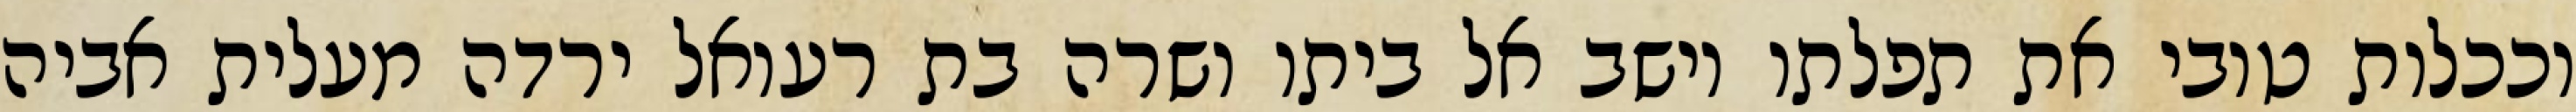
וככלות טובי את תפלתו וישב אל ביתו ושרה בת רעואל ירדה מעלית אביה